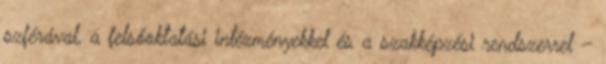
szférával, a felsőoktatási intézményekkel és a szakképzési rendszerrel –